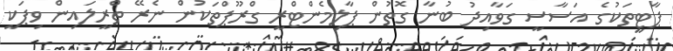
ޕާޓީތަކުގެ އަސާސީ ގަވާއިދު ބުނާ ގޮތުން ޕާލިމެންޓްރީ ގްރޫޕްތަކުން ނެރޭ ތްރީލައިން ވިޕަކީ